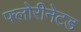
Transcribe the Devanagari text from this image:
फ्लोरीनेटड